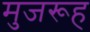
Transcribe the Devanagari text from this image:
मुजरूह